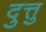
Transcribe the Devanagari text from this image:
दुत्तु